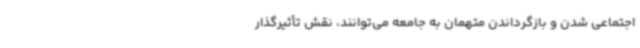
اجتماعی شدن و بازگرداندن متهمان به جامعه می‌توانند، نقش تأثیرگذار